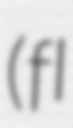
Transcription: (fl